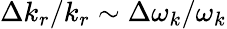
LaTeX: \Delta k_{r}/k_{r}\sim\Delta\omega_{k}/\omega_{k}